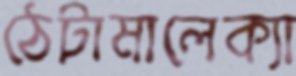
ঠেটামালেক্যা